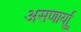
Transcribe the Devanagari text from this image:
असणार्याु